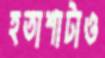
হতাশাটাও